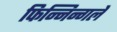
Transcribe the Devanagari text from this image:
फिन्निन्गले